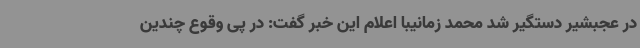
در عجبشیر دستگیر شد محمد زمانیبا اعلام این خبر گفت: در پی وقوع چندین